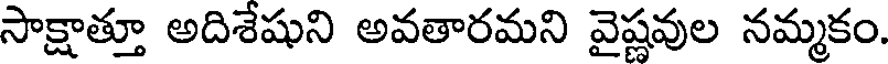
సాక్షాత్తూ అదిశేషుని అవతారమని వైష్ణవుల నమ్మకం.